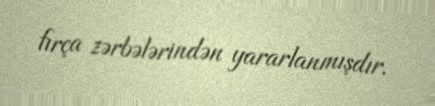
fırça zərbələrindən yararlanmışdır.